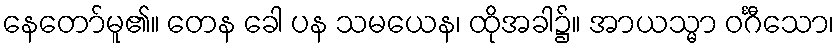
နေတော်မူ၏။ တေန ခေါ ပန သမယေန၊ ထိုအခါ၌။ အာယသ္မာ ဝင်္ဂီသော၊